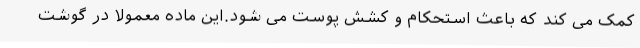
کمک می کند که باعث استحکام و کشش پوست می شود.این ماده معمولا در گوشت